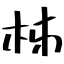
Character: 柹